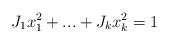
\begin{align*}J_1x_1^2+...+J_kx_k^2=1\end{align*}